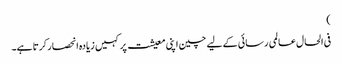
)
فی الحال عالمی رسائی کے لیے چین اپنی معیشت پر کہیں زیادہ انحصار کرتا ہے۔